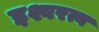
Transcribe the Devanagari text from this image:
इश्वरत्व